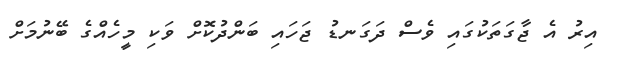
އިރު އެ ޖާގަތަކުގައި ވެސް ދަގަނޑު ޖަހައި ބަންދުކޮށް ވަކި މީހެއްގެ ބޭނުމަށް